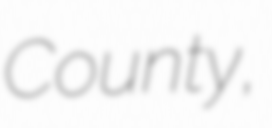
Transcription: County,